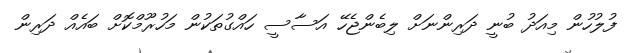
ފުލުހުން މިއަދު ބުނީ ދަރިންނަށް ލިބެންޖެހޭ އަސާސީ ހައްގުތަކުން މަހުރޫމްކޮށް ބައެއް ދަރިން